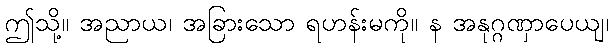
ဤသို့။ အညာယ၊ အခြားသော ရဟန်းမကို။ န အနုဂ္ဂဏှာပေယျ၊